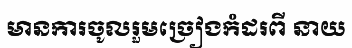
មានការចូលរួមច្រៀងកំដរពី នាយ